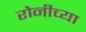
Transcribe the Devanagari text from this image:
रोनीच्या